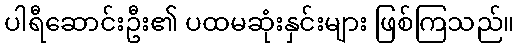
ပါရီဆောင်းဦး၏ ပထမဆုံးနှင်းများ ဖြစ်ကြသည်။